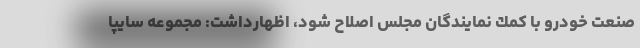
صنعت خودرو با كمك نمايندگان مجلس اصلاح شود، اظهارداشت: مجموعه سايپا